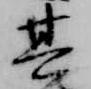
其